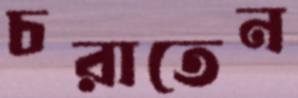
চরাতেন